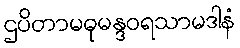
ဌပိတာမဓုမန္ဒဝရသာမဒါနံ